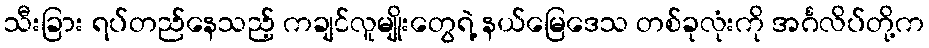
သီးခြား ရပ်တည်နေသည့် ကချင်လူမျိုးတွေရဲ့ နယ်မြေဒေသ တစ်ခုလုံးကို အင်္ဂလိပ်တို့က